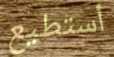
أستطيع